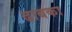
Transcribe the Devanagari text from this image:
ढाबका